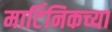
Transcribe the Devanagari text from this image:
मार्टिनिकच्या